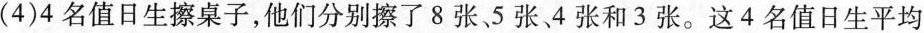
4)4名值日生擦桌子，他们分别擦了8张、5张4张和3张。这4名值日生平均